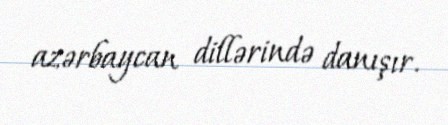
azərbaycan dillərində danışır.